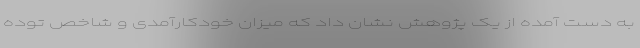
به ‌دست آمده از یک پژوهش نشان داد که میزان خودکارآمدی و شاخص توده